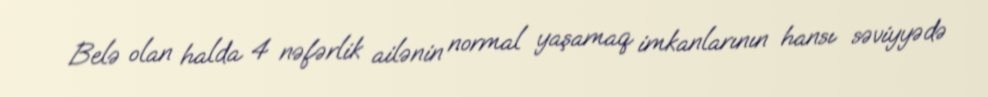
Belə olan halda 4 nəfərlik ailənin normal yaşamaq imkanlarının hansı səviyyədə